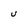
Character: U